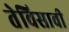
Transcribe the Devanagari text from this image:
तेविसावी